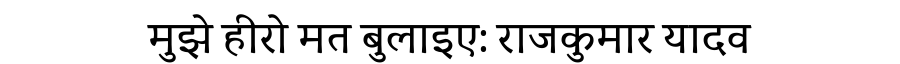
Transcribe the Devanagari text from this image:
मुझे हीरो मत बुलाइए: राजकुमार यादव